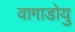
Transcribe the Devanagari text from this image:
वागाडोयु